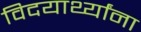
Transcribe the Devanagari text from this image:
विदयार्थ्यांना